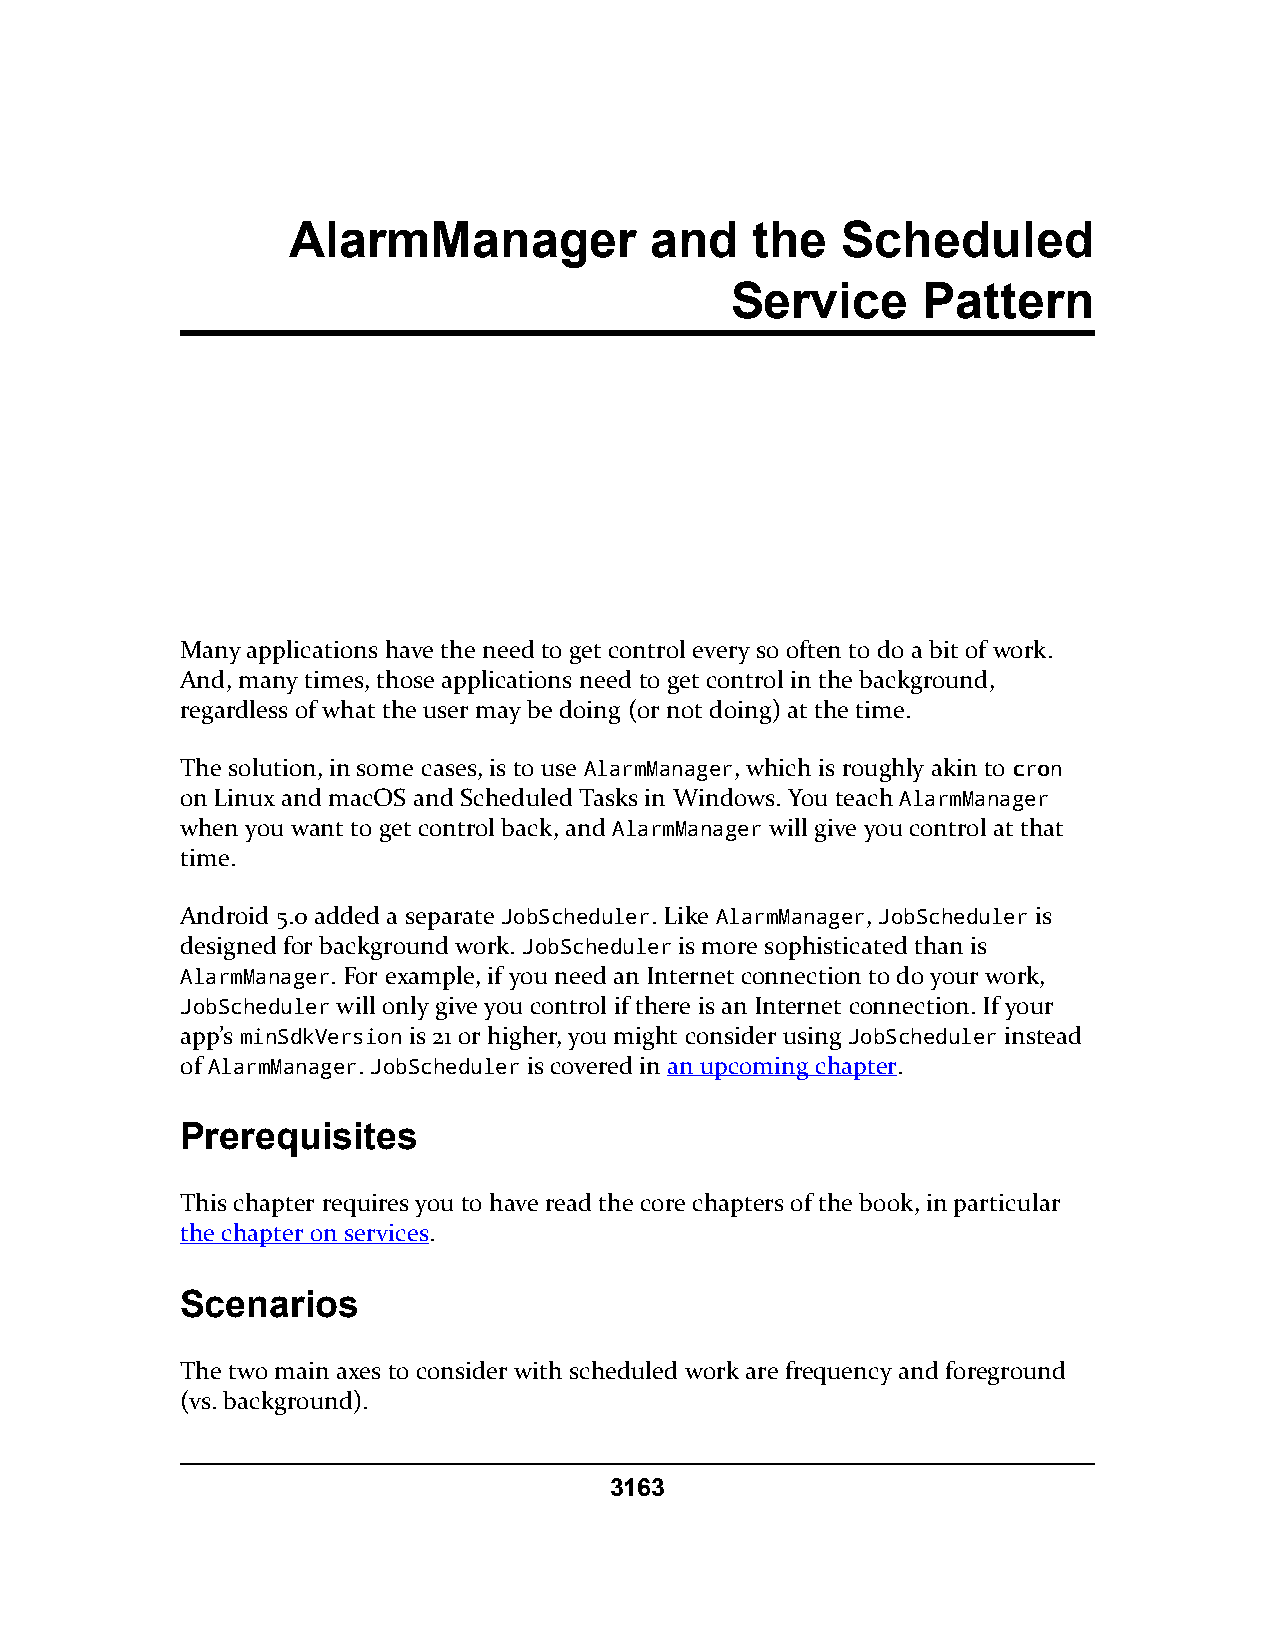
AlarmManager            and    the   Scheduled
 Service      Pattern
 Many applications have the need to get control every so often to do a bit of work.
 And, many times, those applications need to get control in the background,
 regardless of what the user may be doing (or not doing) at the time.
 The solution, in some cases, is to use AlarmManager, which is roughly akin to ccrroonn
 on Linux and macOS and Scheduled Tasks in Windows. You teach AlarmManager
 when you want to get control back, and AlarmManager will give you control at that
 time.
 Android 5.0 added a separate JobScheduler. Like AlarmManager, JobScheduler is
 designed for background work. JobScheduler is more sophisticated than is
 AlarmManager. For example, if you need an Internet connection to do your work,
 JobScheduler will only give you control if there is an Internet connection. If your
 app’s minSdkVersion is 21 or higher, you might consider using JobScheduler instead
 of AlarmManager. JobScheduler is covered in an upcoming chapter.
 Prerequisites
 This chapter requires you to have read the core chapters of the book, in particular
 the chapter on services.
 Scenarios
 The two main axes to consider with scheduled work are frequency and foreground
 (vs. background).
 3163